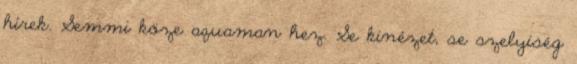
hírek. Semmi köze aquaman hez. Se kinézet, se szelyiség